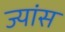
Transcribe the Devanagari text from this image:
ज्यांस